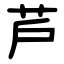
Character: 芦